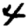
Digit: 4